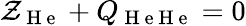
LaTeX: \mathcal{Z}_{\mathrm{{~H~e~}}}+Q_{\mathrm{{~H~e~H~e~}}}=0